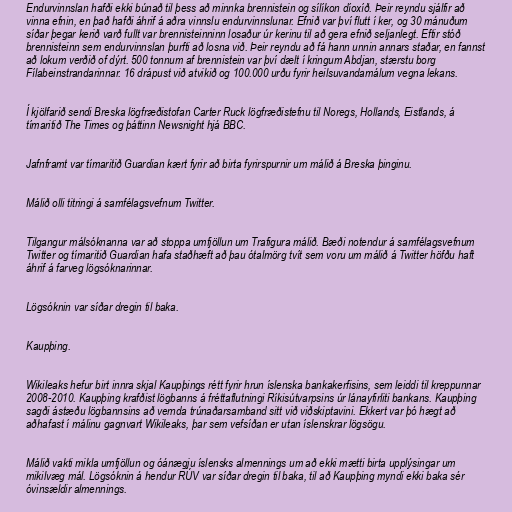
Endurvinnslan hafði ekki búnað til þess að minnka brennistein og sílíkon díoxíð. Þeir reyndu sjálfir að
vinna efnin, en það hafði áhrif á aðra vinnslu endurvinnslunar. Efnið var því flutt í ker, og 30 mánuðum
síðar þegar kerið varð fullt var brennisteinninn losaður úr kerinu til að gera efnið seljanlegt. Eftir stóð
brennisteinn sem endurvinnslan þurfti að losna við. Þeir reyndu að fá hann unnin annars staðar, en fannst
að lokum verðið of dýrt. 500 tonnum af brennistein var því dælt í kringum Abdjan, stærstu borg
Fílabeinstrandarinnar. 16 drápust við atvikið og 100.000 urðu fyrir heilsuvandamálum vegna lekans.

Í kjölfarið sendi Breska lögfræðistofan Carter Ruck lögfræðistefnu til Noregs, Hollands, Eistlands, á
tímaritið The Times og þáttinn Newsnight hjá BBC.

Jafnframt var tímaritið Guardian kært fyrir að birta fyrirspurnir um málið á Breska þinginu.

Málið olli titringi á samfélagsvefnum Twitter.

Tilgangur málsóknanna var að stoppa umfjöllun um Trafigura málið. Bæði notendur á samfélagsvefnum
Twitter og tímaritið Guardian hafa staðhæft að þau ótalmörg tvít sem voru um málið á Twitter höfðu haft
áhrif á farveg lögsóknarinnar.

Lögsóknin var síðar dregin til baka.

Kaupþing.

Wikileaks hefur birt innra skjal Kaupþings rétt fyrir hrun íslenska bankakerfisins, sem leiddi til kreppunnar
2008-2010. Kaupþing krafðist lögbanns á fréttaflutningi Ríkisútvarpsins úr lánayfirliti bankans. Kaupþing
sagði ástæðu lögbannsins að vernda trúnaðarsamband sitt við viðskiptavini. Ekkert var þó hægt að
aðhafast í málinu gagnvart Wikileaks, þar sem vefsíðan er utan íslenskrar lögsögu.

Málið vakti mikla umfjöllun og óánægju íslensks almennings um að ekki mætti birta upplýsingar um
mikilvæg mál. Lögsóknin á hendur RÚV var síðar dregin til baka, til að Kaupþing myndi ekki baka sér
óvinsældir almennings.